Civil Veterinary Department Bihar & Orissa reports 1929-36 - 1929-1936
Year: 1929
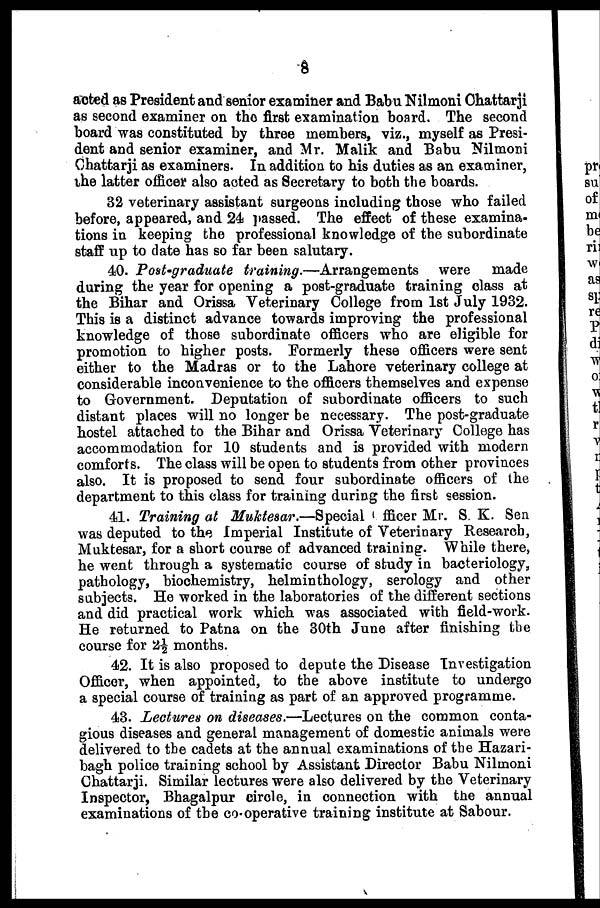
8
acted as President and senior examiner and Babu Nilmoni Chattarji
as second examiner on the first examination board. The second
board was constituted by three members, viz., myself as Presi-
dent and senior examiner, and Mr. Malik and Babu Nilmoni
Chattarji as examiners. In addition to his duties as an examiner,
the latter officer also acted as Secretary to both the boards.
32 veterinary assistant surgeons including those who failed
before, appeared, and 24 passed. The effect of these examina-
tions in keeping the professional knowledge of the subordinate
staff up to date has so far been salutary.
40. Post-graduate training.—Arrangements
were made
during the year for opening a post-graduate training class at
the Bihar and Orissa Veterinary College from 1st July 1932.
This is a distinct advance towards improving the professional
knowledge of those subordinate officers who are eligible for
promotion to higher posts. Formerly these officers were sent
either to the Madras or to the Lahore veterinary college at
considerable inconvenience to the officers themselves and expense
to Government. Deputation of subordinate officers to such
distant places will no longer be necessary. The post-graduate
hostel attached to the Bihar and Orissa Veterinary College has
accommodation for 10 students and is provided with modern
comforts. The class will be open to students from other provinces
also. It is proposed to send four subordinate officers of the
department to this class for training during the first session.
41. Training at Muktesar.—Special Officer Mr. S. K. Sen
was deputed to the Imperial Institute of Veterinary Research,
Muktesar, for a short course of advanced training. While there,
he went through a systematic course of study in bacteriology,
pathology, biochemistry, helminthology, serology and other
subjects. He worked in the laboratories of the different sections
and did practical work which was associated with field-work.
He returned to Patna on the 30th June after finishing the
course for 2½ months.
42. It is also proposed to depute the Disease Investigation
Officer, when appointed, to the above institute to undergo
a special course of training as part of an approved programme.
43. Lectures on diseases.—Lectures on the common conta-
gious diseases and general management of domestic animals were
delivered to the cadets at the annual examinations of the Hazari-
bagh police training school by Assistant Director Babu Nilmoni
Chattarji. Similar lectures were also delivered by the Veterinary
Inspector, Bhagalpur circle, in connection with the annual
examinations of the co-operative training institute at Sabour.